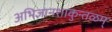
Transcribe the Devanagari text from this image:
अभिज्ञानशाकुन्तळम्